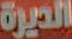
الديرة